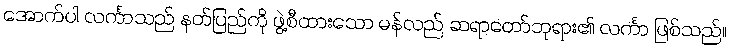
အောက်ပါ လင်္ကာသည် နတ်ပြည်ကို ဖွဲ့စီထားသော မန်လည် ဆရာတော်ဘုရား၏ လင်္ကာ ဖြစ်သည်။